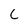
Character: C